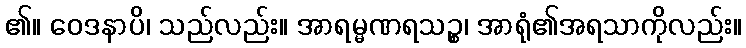
၏။ ဝေဒနာပိ၊ သည်လည်း။ အာရမ္မဏရသဉ္စ၊ အာရုံ၏အရသာကိုလည်း။